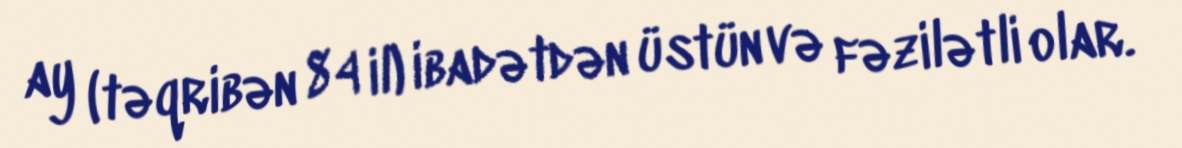
ay (təqribən 84 il) ibadətdən üstün və fəzilətli olar.